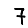
Digit: 7